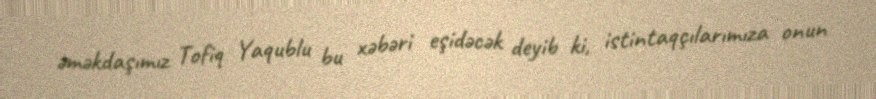
əməkdaşımız Tofiq Yaqublu bu xəbəri eşidəcək deyib ki, istintaqçılarımıza onun